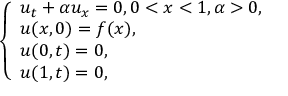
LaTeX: \left\{ \begin{array} { l l } { u _ { t } + \alpha u _ { x } = 0 , 0 < x < 1 , \alpha > 0 , } \\ { u ( x , 0 ) = f ( x ) , } \\ { u ( 0 , t ) = 0 , } \\ { u ( 1 , t ) = 0 , } \end{array} \right.